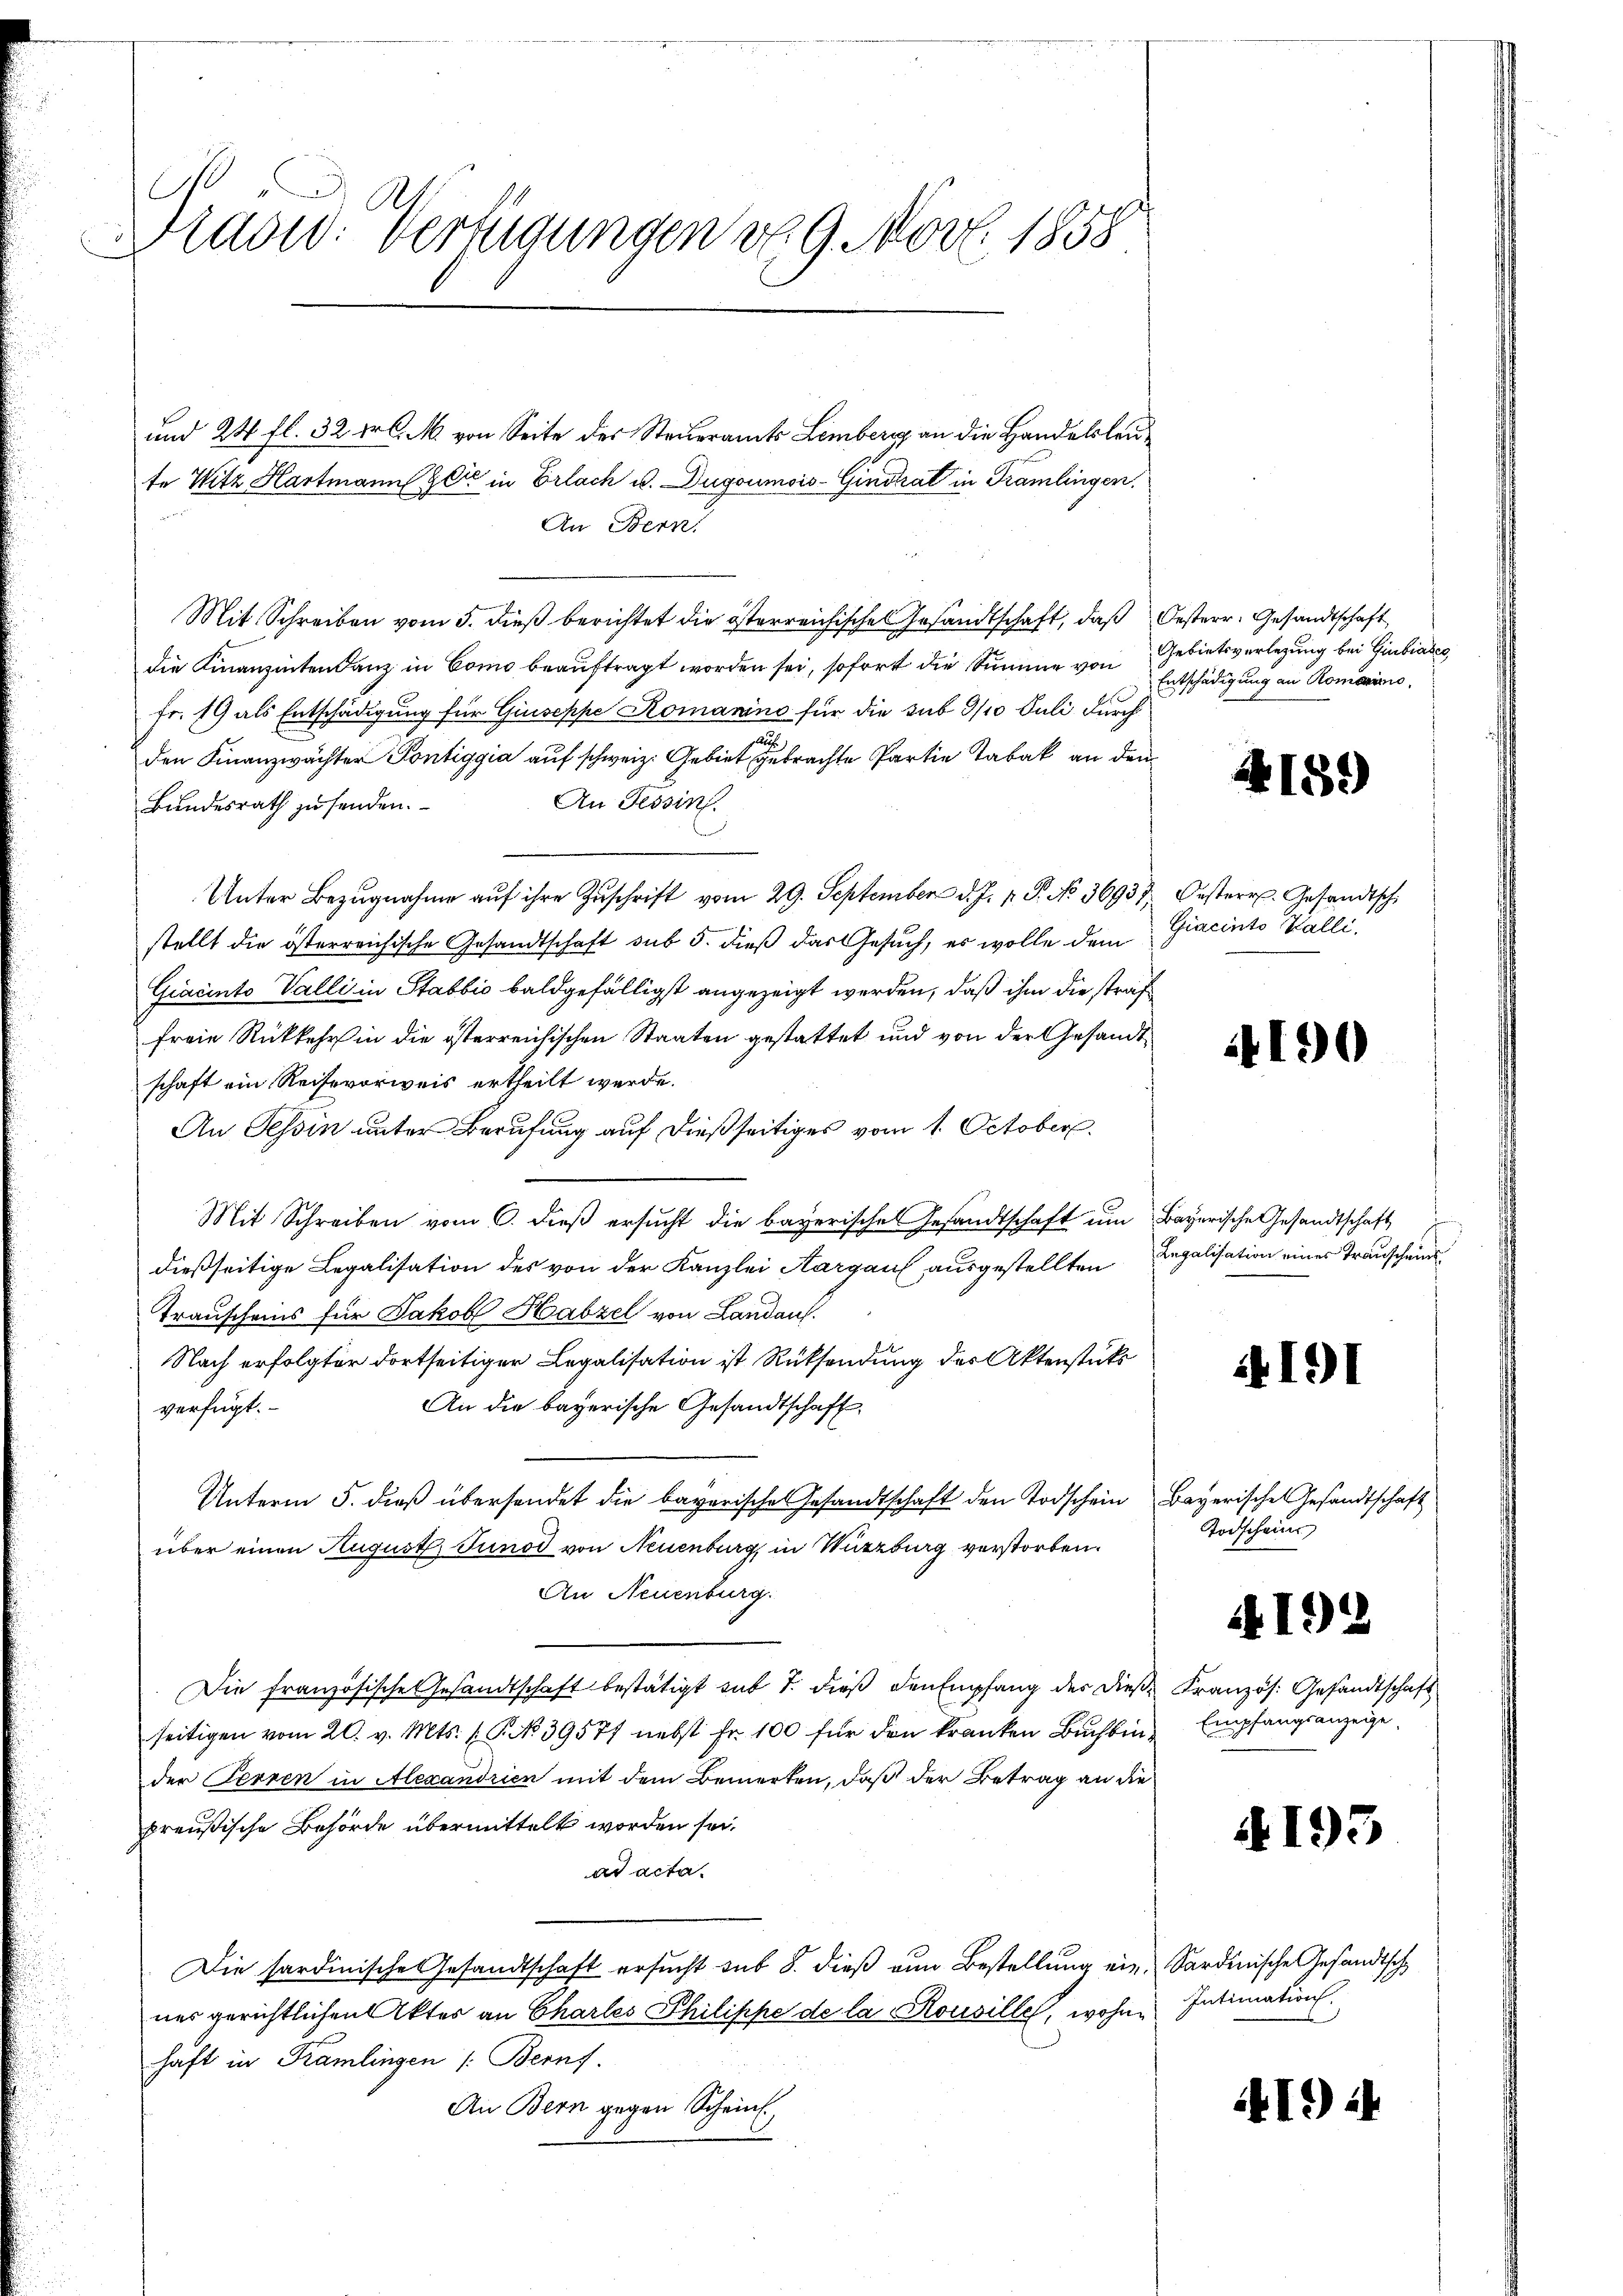
e
ad: Verfügungen von 9. Nov. 1858.
.

und 24 fl. 32 Xr C. M. von Seite des Steueramts Lemberg an die Handelsleute Witz Hartmann Zeit in Erlach u. Dugoumois-Gindrat in Tramlingen.
An Bern,
Mit Schreiben vom 5. dieß berichtet die österreichische Gesandtschaft, daß Oesterr. Gesandtschaft
die Finanzenten ganz in Como beauftragt worden sei, sofort die Summe von Gebietsverlegung bei Giubias
fr. 19 als Entschädigung für Giuseppe Romanino für die sub 9/10 Juli durch
den Finanzwächter Pontiggia auf schweiz. Gebiet gebrachte Partie Tabak an den
An Tessin.
Bundesrath zu senden.
Unter Bezŭgnahme aŭf ihre Zŭschrift vom 29. September d. J. J. P. No. 36937, Oesterr. Gesandtsch
stellt die österreichische Gesandtschaft sub 5. dieß das Gesuch, es wolle dem Giacinto Walli,
Gracinto Valli in Stabbio baldgefälligst angezeigt werden, daß ihm die straf
freie Rückkehr in die österreichischen Staaten gestattet und von der Gesandtschaft ein Reisevorweis ertheilt werde.
An Tessin unter Berufung auf dießseitiges vom 1. October
Mit Schreiben vom 6. dieβ ersŭcht die bayerische Gesandtschaft ŭm Bayerische Gesandtschaft
dießseitige Legalisation des von der Kanzlei Aargau ausgestellten Regalisation eines Trauscheins
Trauscheins für Jakob Habzel von Landauf.
Nach erfolgter dortseitiger Legalisation ist Rücksendung des Aktenstüks
An die bayerische Gesandtschaft,
verfügt:
Unterm 5. dieß übersendet die bayerische Gesandtschaft den Todschein Bayerische Gesandtschaft
über einen August Tunod von Neuenburg, in Würzburg verstorben.
An Neuenburg.
Die französische Gesandtschaft bestätigt sub 1. dieß den Empfang der dieß Französ. Gesandtschaft
seitigen vom 20. v. Mts. (T. No. 39577 nebst Fr. 100 für den kranken Buchbin Empfangsanzeige,
der Ferren in Alexandrien mit dem Bemerken, daß der Betrag an die
preußische Behörde übermittelt worden sei.
ad acta.
Die sardinische Gesandtschaft ersucht sub 8. dieß ein Bestellung ein Sardinische Gesandtsche
ner gerichtlichen Aktes an Charles Philippe de la Rousille, wohne Intimation.
haft in Kramlingen /: Bernf
An Bern gegen Schein

Entschädigung an Romaninis

¬

159)

190

if. 191

Todschein
192

193

1944